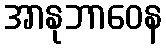
အာနုဘာဝေန